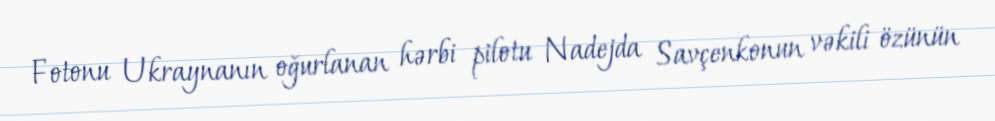
Fotonu Ukraynanın oğurlanan hərbi pilotu Nadejda Savçenkonun vəkili özünün